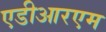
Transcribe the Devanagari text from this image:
एडीआरएम